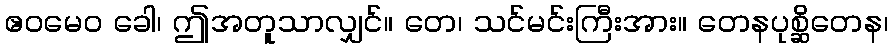
ဧဝမေဝ ခေါ၊ ဤအတူသာလျှင်။ တေ၊ သင်မင်းကြီးအား။ တေနပုစ္ဆိတေန၊